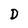
Character: D